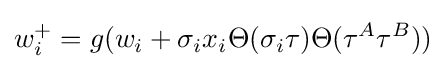
w_{i}^{+}=g(w_{i}+\sigma _{i}x_{i}\Theta (\sigma _{i}\tau )\Theta (\tau ^{A}\tau ^{B}))